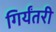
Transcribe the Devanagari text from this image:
गिर्यंतरी